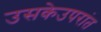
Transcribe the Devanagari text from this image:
उसकेउपरांत